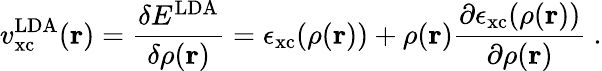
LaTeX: v_{\mathrm{{xc}}}^{\mathrm{LDA}}(\mathbf{r})={\frac{\delta E^{\mathrm{LDA}}}{\delta\rho(\mathbf{r})}}=\epsilon_{\mathrm{{xc}}}(\rho(\mathbf{r}))+\rho(\mathbf{r}){\frac{\partial\epsilon_{\mathrm{{xc}}}(\rho(\mathbf{r}))}{\partial\rho(\mathbf{r})}}\ .